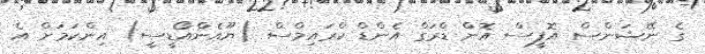
ގެ ނޭޝަންސް އޮފީސް އޮން ޑްރަގް އެންޑް ކްރައިމްސް (ޔޫއެންއޯޑީސީ) އިންކަމަށް އެ